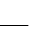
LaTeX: \underline{{\phantom{10}}}